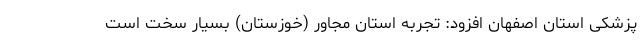
پزشکی استان اصفهان افزود: تجربه استان مجاور (خوزستان) بسیار سخت است